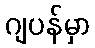
ဂျပန်မှာ